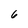
Character: 6